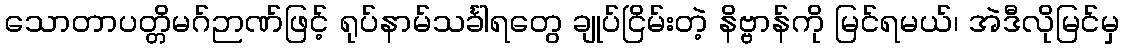
သောတာပတ္တိမဂ်ဉာဏ်ဖြင့် ရုပ်နာမ်သင်္ခါရတွေ ချုပ်ငြိမ်းတဲ့ နိဗ္ဗာန်ကို မြင်ရမယ်၊ အဲဒီလိုမြင်မှ